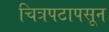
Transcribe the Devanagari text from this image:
चित्रपटापसून